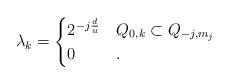
LaTeX: \begin{align*}\lambda_{k} = \begin{cases}2^{-j\frac{d}{u}} & Q_{0,k}\subset Q_{-j,m_j} \\0 & .\end{cases}\end{align*}